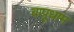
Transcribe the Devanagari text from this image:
बापूधाम